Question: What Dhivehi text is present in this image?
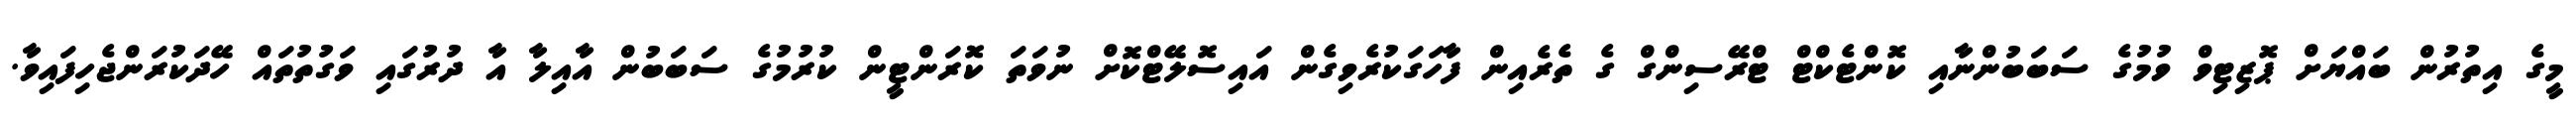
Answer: މީގެ އިތުރުން ބައްޔަށް ޕޮޒިޓިވް ވުމުގެ ސަބަބުންނާއި ކޮންޓެކްޓް ޓްރޭސިންގް ގެ ތެރެއިން ފާހަގަކުރެވިގެން އައިސޮލޭޓްކޮށް ނުވަތަ ކޮރަންޓީން ކުރުމުގެ ސަބަބުން އާއިލާ އާ ދުރުގައި ވަގުތުތައް ހޭދަކުރަންޖެހިފައިވާ.